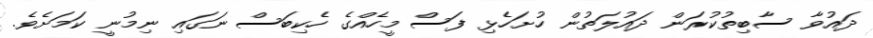
ދައުވާ ސާބިތުކުރަން ދައުލަތުން ހުށަހެޅި ފަސް މީހެއްގެ ހެކިބަސް ނަގައި ނިމުނީ ކަމަށެވެ.